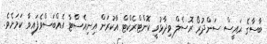
ބާސާގެ ރައީސް ސަންދުރޯ ރޮސެލް ވިދާޅުވީ ކޮންޓްރެކްޓް އާކުރަން އިނިއެސްޓާ އެއްބަސްވެފައިވާ ކަމަށެވެ.